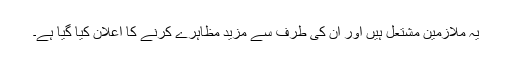
یہ ملازمین مشتعل ہیں اور ان کی طرف سے مزید مظاہرے کرنے کا اعلان کیا گیا ہے۔